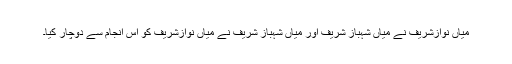
میاں نوازشریف نے میاں شہباز شریف اور میاں شہباز شریف نے میاں نوازشریف کو اس انجام سے دوچار کیا۔